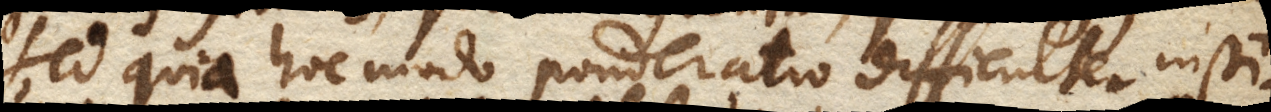
Sed quia hoc modo ponderatio difficulter insti–